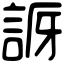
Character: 𧧝